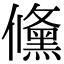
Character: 儵